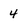
Character: 4